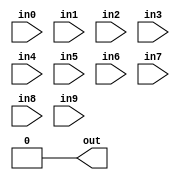
// ---------------------------------------------------------------------------
//  Jelly  -- The platform for real-time computing
//
//                                 Copyright (C) 2008-2020 by Ryuji Fuchikami
//                                 https://github.com/ryuz/jelly.git
// ---------------------------------------------------------------------------



`timescale 1ns / 1ps
`default_nettype none


// ()
module jelly_func_pack
        #(
            parameter   N  = 1,
            parameter   W0 = 0,
            parameter   W1 = 0,
            parameter   W2 = 0,
            parameter   W3 = 0,
            parameter   W4 = 0,
            parameter   W5 = 0,
            parameter   W6 = 0,
            parameter   W7 = 0,
            parameter   W8 = 0,
            parameter   W9 = 0,
            
            // local
            parameter   IN0_WIDTH = N * W0,
            parameter   IN1_WIDTH = N * W1,
            parameter   IN2_WIDTH = N * W2,
            parameter   IN3_WIDTH = N * W3,
            parameter   IN4_WIDTH = N * W4,
            parameter   IN5_WIDTH = N * W5,
            parameter   IN6_WIDTH = N * W6,
            parameter   IN7_WIDTH = N * W7,
            parameter   IN8_WIDTH = N * W8,
            parameter   IN9_WIDTH = N * W9,
            parameter   OUT_WIDTH = N * (W9 + W8 + W7 + W6 + W5 + W4 + W3 + W2 + W1 + W0),
            parameter   IN0_BITS = IN0_WIDTH > 0 ? IN0_WIDTH : 1,
            parameter   IN1_BITS = IN1_WIDTH > 0 ? IN1_WIDTH : 1,
            parameter   IN2_BITS = IN2_WIDTH > 0 ? IN2_WIDTH : 1,
            parameter   IN3_BITS = IN3_WIDTH > 0 ? IN3_WIDTH : 1,
            parameter   IN4_BITS = IN4_WIDTH > 0 ? IN4_WIDTH : 1,
            parameter   IN5_BITS = IN5_WIDTH > 0 ? IN5_WIDTH : 1,
            parameter   IN6_BITS = IN6_WIDTH > 0 ? IN6_WIDTH : 1,
            parameter   IN7_BITS = IN7_WIDTH > 0 ? IN7_WIDTH : 1,
            parameter   IN8_BITS = IN8_WIDTH > 0 ? IN8_WIDTH : 1,
            parameter   IN9_BITS = IN9_WIDTH > 0 ? IN9_WIDTH : 1,
            parameter   OUT_BITS = OUT_WIDTH > 0 ? OUT_WIDTH : 1
        )
        (
            input   wire    [IN0_BITS-1:0]  in0,
            input   wire    [IN1_BITS-1:0]  in1,
            input   wire    [IN2_BITS-1:0]  in2,
            input   wire    [IN3_BITS-1:0]  in3,
            input   wire    [IN4_BITS-1:0]  in4,
            input   wire    [IN5_BITS-1:0]  in5,
            input   wire    [IN6_BITS-1:0]  in6,
            input   wire    [IN7_BITS-1:0]  in7,
            input   wire    [IN8_BITS-1:0]  in8,
            input   wire    [IN9_BITS-1:0]  in9,
            output  wire    [OUT_BITS-1:0]  out
        );
    
    localparam  [IN0_BITS:0]  MASK0 = (1 << W0) - 1;
    localparam  [IN1_BITS:0]  MASK1 = (1 << W1) - 1;
    localparam  [IN2_BITS:0]  MASK2 = (1 << W2) - 1;
    localparam  [IN3_BITS:0]  MASK3 = (1 << W3) - 1;
    localparam  [IN4_BITS:0]  MASK4 = (1 << W4) - 1;
    localparam  [IN5_BITS:0]  MASK5 = (1 << W5) - 1;
    localparam  [IN6_BITS:0]  MASK6 = (1 << W6) - 1;
    localparam  [IN7_BITS:0]  MASK7 = (1 << W7) - 1;
    localparam  [IN8_BITS:0]  MASK8 = (1 << W8) - 1;
    localparam  [IN9_BITS:0]  MASK9 = (1 << W9) - 1;
    
    localparam IND0 = W0 > 0 ? W0 : 1;
    localparam IND1 = W1 > 0 ? W1 : 1;
    localparam IND2 = W2 > 0 ? W2 : 1;
    localparam IND3 = W3 > 0 ? W3 : 1;
    localparam IND4 = W4 > 0 ? W4 : 1;
    localparam IND5 = W5 > 0 ? W5 : 1;
    localparam IND6 = W6 > 0 ? W6 : 1;
    localparam IND7 = W7 > 0 ? W7 : 1;
    localparam IND8 = W8 > 0 ? W8 : 1;
    localparam IND9 = W9 > 0 ? W9 : 1;
    
    localparam OW   = W9 + W8 + W7 + W6 + W5 + W4 + W3 + W2 + W1 + W0;
    localparam OUTD = OW > 0 ? OW : 1;
    
    wire    [N*IND0-1:0]  ind0;
    wire    [N*IND1-1:0]  ind1;
    wire    [N*IND2-1:0]  ind2;
    wire    [N*IND3-1:0]  ind3;
    wire    [N*IND4-1:0]  ind4;
    wire    [N*IND5-1:0]  ind5;
    wire    [N*IND6-1:0]  ind6;
    wire    [N*IND7-1:0]  ind7;
    wire    [N*IND8-1:0]  ind8;
    wire    [N*IND9-1:0]  ind9;
    wire    [N*OUTD-1:0]  outd;
    
    assign ind0 = in0;
    assign ind1 = in1;
    assign ind2 = in2;
    assign ind3 = in3;
    assign ind4 = in4;
    assign ind5 = in5;
    assign ind6 = in6;
    assign ind7 = in7;
    assign ind8 = in8;
    assign ind9 = in9;
    assign out  = outd;
    
    
    genvar  i;
    generate
    for ( i = 0; i < N; i = i+1 ) begin : loop_pack
        assign outd[i*OUTD +: OUTD] = ((ind0[i*IND0 +: IND0] & MASK0) <<                          (0))
                                    | ((ind1[i*IND1 +: IND1] & MASK1) <<                         (W0))
                                    | ((ind2[i*IND2 +: IND2] & MASK2) <<                      (W1+W0))
                                    | ((ind3[i*IND3 +: IND3] & MASK3) <<                   (W2+W1+W0))
                                    | ((ind4[i*IND4 +: IND4] & MASK4) <<                (W3+W2+W1+W0))
                                    | ((ind5[i*IND5 +: IND5] & MASK5) <<             (W4+W3+W2+W1+W0))
                                    | ((ind6[i*IND6 +: IND6] & MASK6) <<          (W5+W4+W3+W2+W1+W0))
                                    | ((ind7[i*IND7 +: IND7] & MASK7) <<       (W6+W5+W4+W3+W2+W1+W0))
                                    | ((ind8[i*IND8 +: IND8] & MASK8) <<    (W7+W6+W5+W4+W3+W2+W1+W0))
                                    | ((ind9[i*IND9 +: IND9] & MASK9) << (W8+W7+W6+W5+W4+W3+W2+W1+W0));
    end
    endgenerate
    
endmodule


`default_nettype wire


// end of file